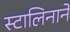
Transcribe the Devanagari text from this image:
स्टालिनाने